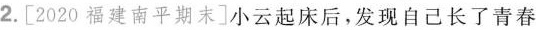
2.[2020福建南平期末]小云起床后，发现自己长了青春